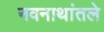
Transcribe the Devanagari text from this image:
नवनाथांतले